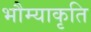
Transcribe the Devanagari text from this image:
भौम्याकृति